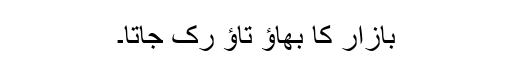
بازار کا بھاؤ تاؤ رک جاتا۔